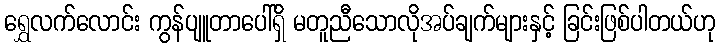
ရွှေလက်လောင်း ကွန်ပျူတာပေါ်ရှိ မတူညီသောလိုအပ်ချက်များနှင့် ခြင်းဖြစ်ပါတယ်ဟု